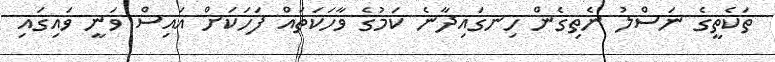
ތަކެތީގެ ނަސްލު ނެތިގެން ހިނގައިދާނެ ކަމުގެ ވާހަކަތައް ފަހަކަށް އައިސް ވަނީ ވައިގައި